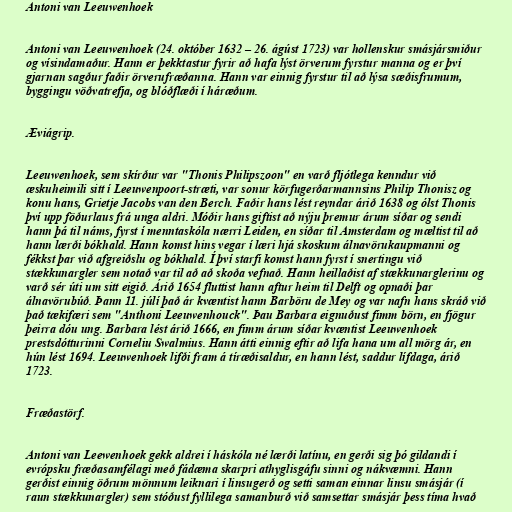
Antoni van Leeuwenhoek

Antoni van Leeuwenhoek (24. október 1632 – 26. ágúst 1723) var hollenskur smásjársmiður
og vísindamaður. Hann er þekktastur fyrir að hafa lýst örverum fyrstur manna og er því
gjarnan sagður faðir örverufræðanna. Hann var einnig fyrstur til að lýsa sæðisfrumum,
byggingu vöðvatrefja, og blóðflæði í háræðum.

Æviágrip.

Leeuwenhoek, sem skírður var "Thonis Philipszoon" en varð fljótlega kenndur við
æskuheimili sitt í Leeuwenpoort-stræti, var sonur körfugerðarmannsins Philip Thonisz og
konu hans, Grietje Jacobs van den Berch. Faðir hans lést reyndar árið 1638 og ólst Thonis
því upp föðurlaus frá unga aldri. Móðir hans giftist að nýju þremur árum síðar og sendi
hann þá til náms, fyrst í menntaskóla nærri Leiden, en síðar til Amsterdam og mæltist til að
hann lærði bókhald. Hann komst hins vegar í læri hjá skoskum álnavörukaupmanni og
fékkst þar við afgreiðslu og bókhald. Í því starfi komst hann fyrst í snertingu við
stækkunargler sem notað var til að að skoða vefnað. Hann heillaðist af stækkunarglerinu og
varð sér úti um sitt eigið. Árið 1654 fluttist hann aftur heim til Delft og opnaði þar
álnavörubúð. Þann 11. júlí það ár kvæntist hann Barböru de Mey og var nafn hans skráð við
það tækifæri sem "Anthoni Leeuwenhouck". Þau Barbara eignuðust fimm börn, en fjögur
þeirra dóu ung. Barbara lést árið 1666, en fimm árum síðar kvæntist Leeuwenhoek
prestsdótturinni Corneliu Swalmius. Hann átti einnig eftir að lifa hana um all mörg ár, en
hún lést 1694. Leeuwenhoek lifði fram á tíræðisaldur, en hann lést, saddur lífdaga, árið
1723.

Fræðastörf.

Antoni van Leewenhoek gekk aldrei í háskóla né lærði latínu, en gerði sig þó gildandi í
evrópsku fræðasamfélagi með fádæma skarpri athyglisgáfu sinni og nákvæmni. Hann
gerðist einnig öðrum mönnum leiknari í linsugerð og setti saman einnar linsu smásjár (í
raun stækkunargler) sem stóðust fyllilega samanburð við samsettar smásjár þess tíma hvað